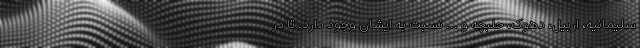
سلیمانیه، اربیل، دهوک، حلبچه و ... نسبت به ایشان وجود دارد. تا در